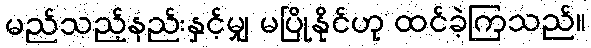
မည်သည့်နည်းနှင့်မျှ မပြိုနိုင်ဟု ထင်ခဲ့ကြသည်။